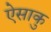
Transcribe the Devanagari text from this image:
ऐसाकु